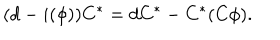
( d - i ( \phi ) ) C ^ { * } = d C ^ { * } - C ^ { * } ( C \phi ) .